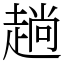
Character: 趟